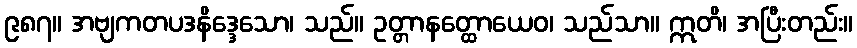
၉၈၇။ အဗျကတပဒနိဒ္ဒေသော၊ သည်။ ဥတ္တာနတ္ထောယေဝ၊ သည်သာ။ ဣတိ၊ အပြီးတည်း။